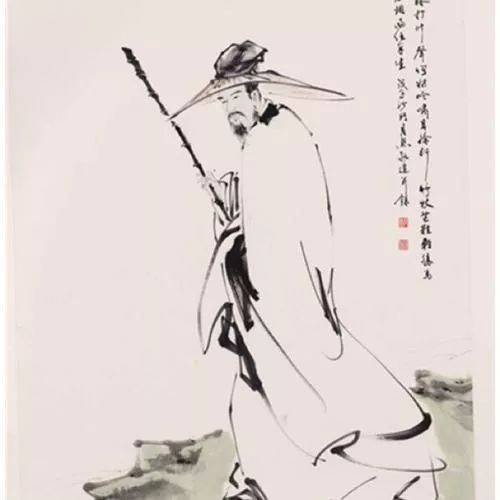
险韵诗成，扶头酒醒，别是闲滋味。